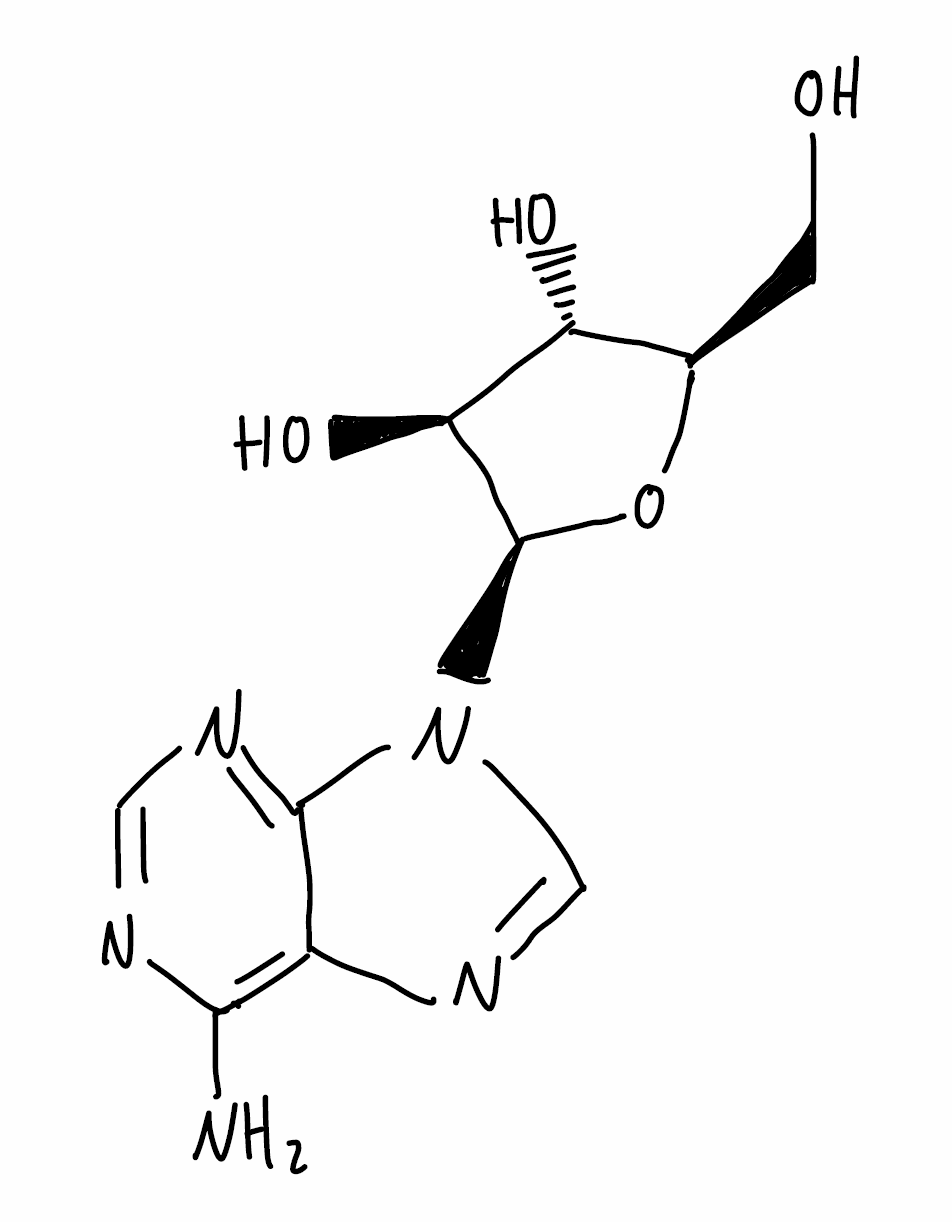
Simplified molecular-input line-entry system (SMILES) notation of the given molecule:
C1=NC(=C2C(=N1)N(C=N2)[C@H]3[C@H]([C@@H]([C@H](O3)CO)O)O)N